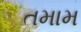
તમામ